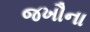
જખૌના